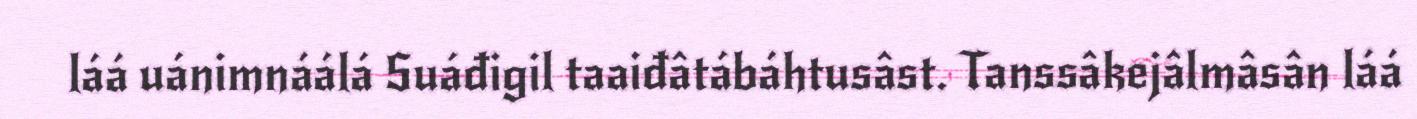
láá uánimnáálá Suáđigil taaiđâtábáhtusâst. Tanssâkejâlmâsân láá